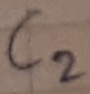
Text: C2